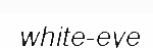
white-eye